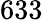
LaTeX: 633